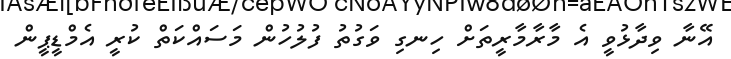
އޭނާ ވިދާޅުވީ އެ މާރާމާރީތަށް ހިނގި ވަގުތު ފުލުހުން މަސައްކަތް ކުރީ އެމްޑީޕީން